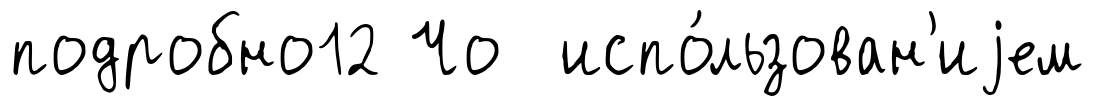
подробно12 Чо испо́льзован'иjем